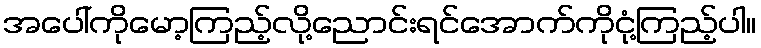
အပေါ်ကိုမော့ကြည့်လို့ညောင်းရင်အောက်ကိုငုံ့ကြည့်ပါ။